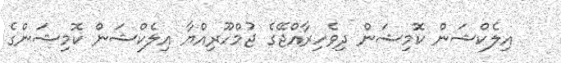
އިލެކްޝަން ކޮމިޝަން ދިވެހިރާއްޖޭގެ ޖުމްހޫރިއްޔާ އިލެކްޝަން ކޮމިޝަންގެ